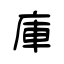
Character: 庫